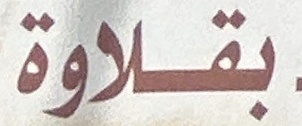
بقلاوة